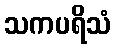
သကပရိသံ